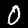
Label: 0